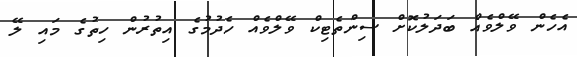
އެހެން ވޭލްވެއް ބަދަލުކޮށް ސިންތެޓިކް ވޭލްވެއް ހެދުމުގެ އިތުރުން ހިތުގެ މައި ލޭ